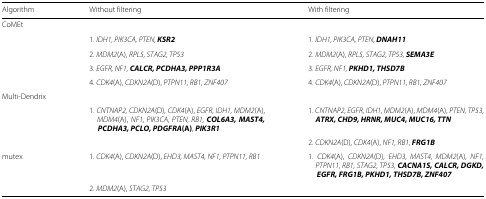
<table><thead><tr><td><b>Algorithm</b></td><td><b>Without filtering</b></td><td><b>With filtering</b></td></tr></thead><tbody><tr><td>CoMEt</td><td></td><td></td></tr><tr><td></td><td>1. <i>IDH1, PIK3CA, PTEN,</i><b><i>KSR2</i></b></td><td>1. <i>IDH1, PIK3CA, PTEN,</i><b><i>DNAH11</i></b></td></tr><tr><td></td><td>2. <i>MDM2</i>(A), <i>RPL5, STAG2, TP53</i></td><td>2. <i>MDM2</i>(A), <i>RPL5, STAG2, TP53,</i><b><i>SEMA3E</i></b></td></tr><tr><td></td><td>3. <i>EGFR, NF1,</i><b><i>CALCR, PCDHA3, PPP1R3A</i></b></td><td>3. <i>EGFR, NF1,</i><b><i>PKHD1, THSD7B</i></b></td></tr><tr><td></td><td>4. <i>CDK4</i>(A), <i>CDKN2A</i>(D), <i>PTPN11, RB1, ZNF407</i></td><td>4. <i>CDK4</i>(A), <i>CDKN2A</i>(D), <i>PTPN11, RB1, ZNF407</i></td></tr><tr><td>Multi-Dendrix</td><td></td><td></td></tr><tr><td></td><td>1. <i>CNTNAP2, CDKN2A</i>(D), <i>CDK4</i>(A), <i>EGFR, IDH1, MDM2</i>(A), <i>MDM4</i>(A), <i>NF1, PIK3CA, PTEN, RB1,</i><b><i>COL6A3, MAST4, PCDHA3, PCLO, PDGFRA</i></b><b>(A)</b>, <b><i>PIK3R1</i></b></td><td>1. <i>CNTNAP2, EGFR, IDH1, MDM2</i>(A), <i>MDM4</i>(A), <i>PTEN, TP53,</i><b><i>ATRX, CHD9, HRNR, MUC4, MUC16, TTN</i></b></td></tr><tr><td></td><td></td><td>2. <i>CDKN2A</i>(D), <i>CDK4</i>(A), <i>NF1, RB1,</i><b><i>FRG1B</i></b></td></tr><tr><td>mutex</td><td>1. <i>CDK4</i>(A), <i>CDKN2A</i>(D), <i>EHD3, MAST4, NF1, PTPN11, RB1</i></td><td>1. <i>CDK4</i>(A), <i>CDKN2A</i>(D), <i>EHD3, MAST4, MDM2</i>(A), <i>NF1, PTPN11, RB1, STAG2, TP53,</i><b><i>CACNA1S, CALCR, DGKD, EGFR, FRG1B, PKHD1, THSD7B, ZNF407</i></b></td></tr><tr><td></td><td>2. <i>MDM2</i>(A), <i>STAG2, TP53</i></td><td></td></tr></tbody></table>